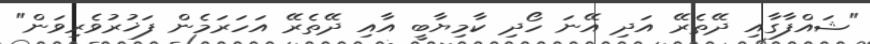
"ޝައްފާގާއި ދޭތެރޭ އަދި އޭނަ ހޯދި ކާމިޔާބީ އާއި ދޭތެރޭ އަހަރަމެން ފަޚުރުވެރިވަން"